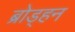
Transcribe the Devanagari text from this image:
ब्रोड्हन